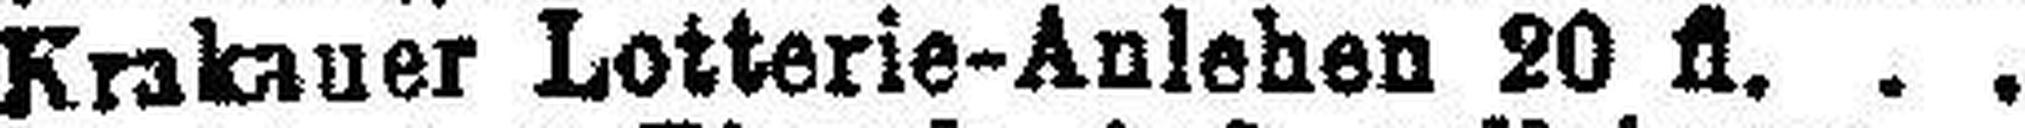
Krakauer Lotterie-Anlehen 20 fl.